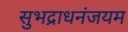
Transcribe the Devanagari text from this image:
सुभद्राधनंजयम